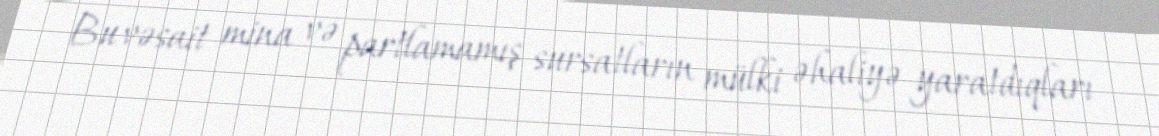
Bu vəsait mina və partlamamış sursatların mülki əhaliyə yaratdıqları